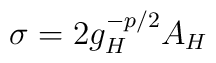
\sigma=2g_H^{-p/2}A_H